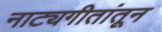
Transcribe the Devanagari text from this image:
नाट्यगीतांतून